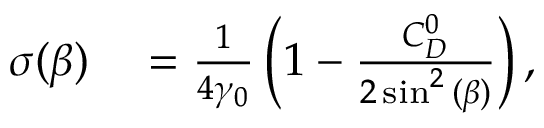
\begin{array} { r l } { \sigma ( \beta ) } & { { } = { } \frac { 1 } { 4 \gamma _ { 0 } } \left( 1 - \frac { C _ { D } ^ { 0 } } { 2 \sin ^ { 2 } { ( \beta ) } } \right) , } \end{array}